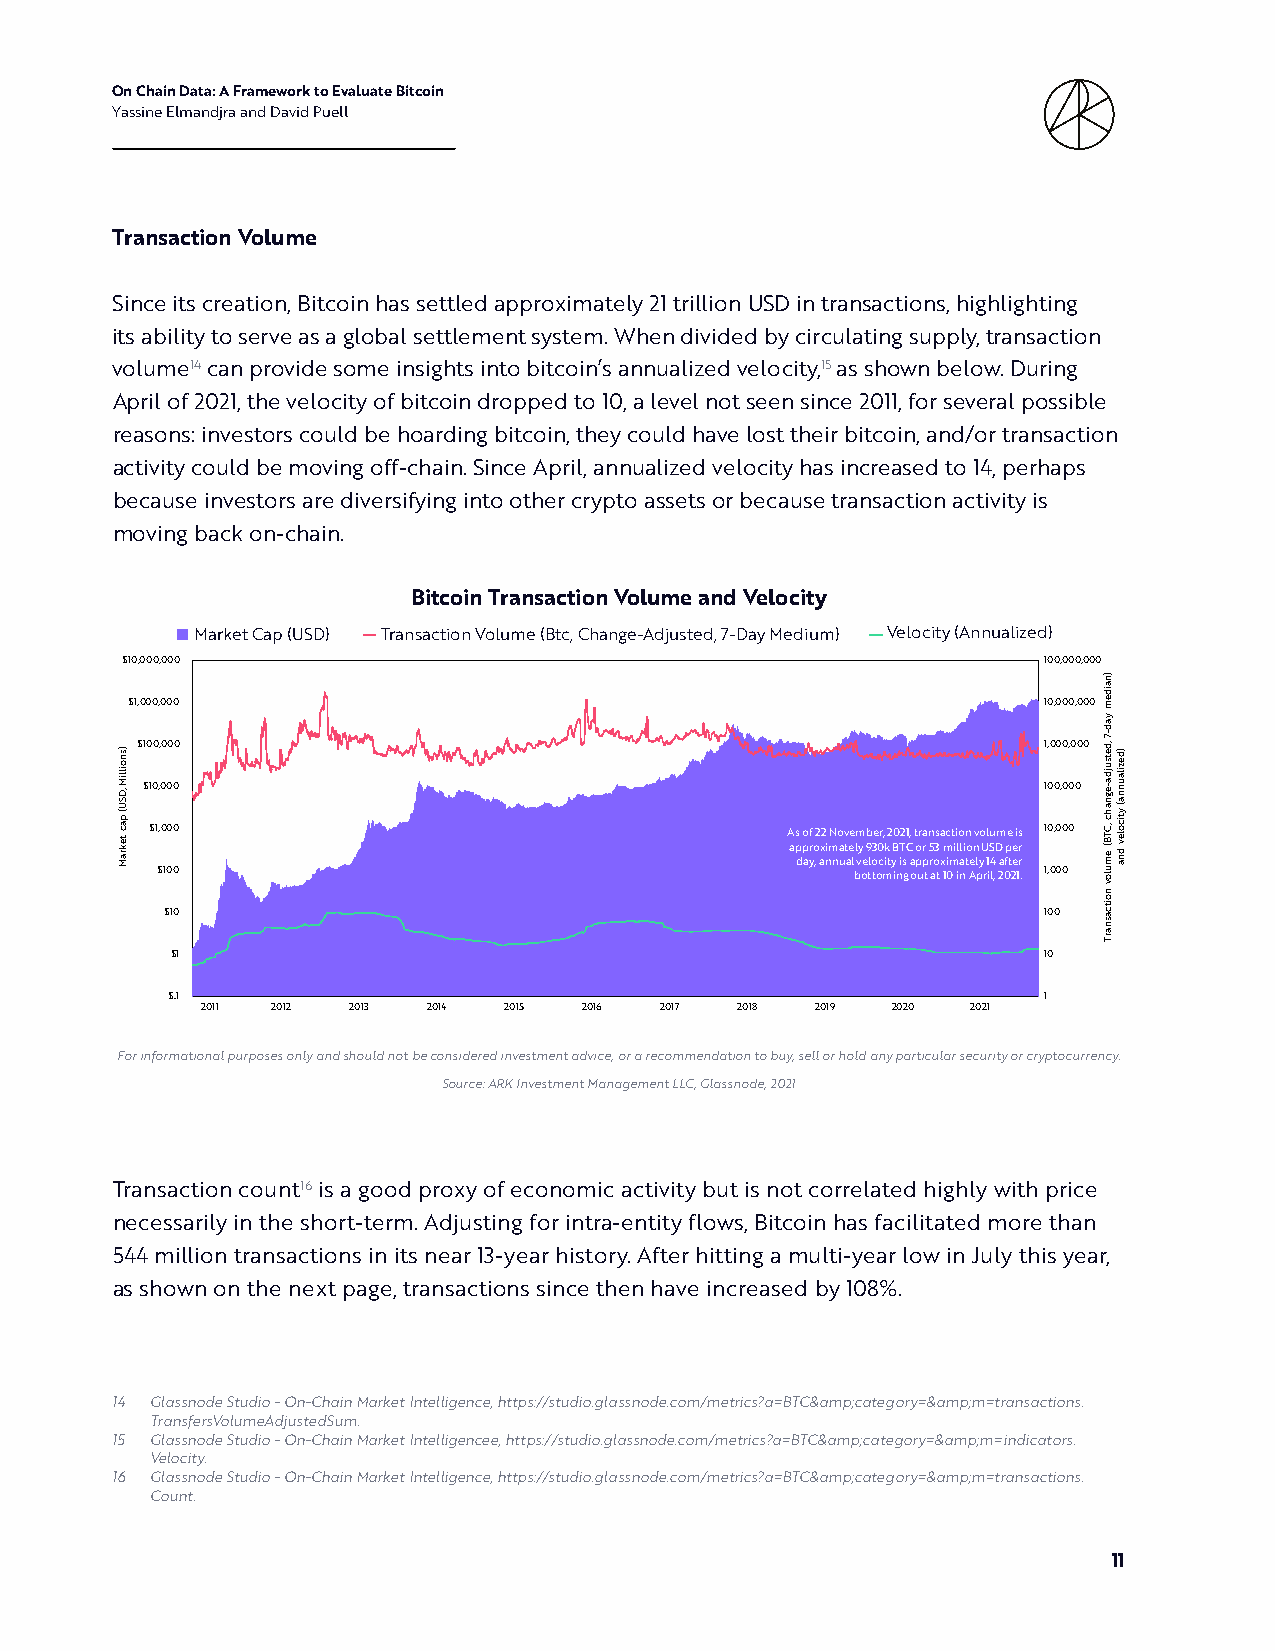
On Chain Data: A Framework to Evaluate Bitcoin
 Yassine Elmandjra and David Puell
 Transaction Volume
 Since its creation, Bitcoin has settled approximately 21 trillion USD in transactions, highlighting
 its ability to serve as a global settlement system. When divided by circulating supply, transaction
 volume14 can provide some insights into bitcoin’s annualized velocity,15 as shown below. During
 April of 2021, the velocity of bitcoin dropped to 10, a level not seen since 2011, for several possible
 reasons: investors could be hoarding bitcoin, they could have lost their bitcoin, and/or transaction
 activity could be moving off-chain. Since April, annualized velocity has increased to 14, perhaps
 because investors are diversifying into other crypto assets or because transaction activity is
 moving back on-chain.
 Bitcoin Transaction Volume and Velocity
 Market Cap (USD) Transaction Volume (Btc, Change-Adjusted, 7-Day Medium) Velocity (Annualized)
 $10,000,000                                                  100,000,000
 $1,000,000                                                   10,000,000
 $100,000                                                    1,000,000
 $10,000                                                     100,000
 $1,000                                    As of 22 November,2021, transaction volume is 10,000
 approximately 930k BTC or 53 million USD per
 day; annual velocity is approximately 14 after
 $100                                           bottoming out at 10 in April, 2021. 1,000
 $10                                                       100
 $1                                                        10
 $.1                                                       1
 2011 2012 2013 2014 2015  2016 2017 2018 2019 2020 2021
 For informational purposes only and should not be considered investment advice, or a recommendation to buy, sell or hold any particular security or cryptocurrency.
 Source: ARK Investment Management LLC, Glassnode, 2021
 Transaction count16 is a good proxy of economic activity but is not correlated highly with price
 necessarily in the short-term. Adjusting for intra-entity flows, Bitcoin has facilitated more than
 544 million transactions in its near 13-year history. After hitting a multi-year low in July this year,
 as shown on the next page, transactions since then have increased by 108%.
 14 Glassnode Studio - On-Chain Market Intelligence, https://studio.glassnode.com/metrics?a=BTC&amp;category=&amp;m=transactions.
 TransfersVolumeAdjustedSum.
 15 Glassnode Studio - On-Chain Market Intelligencee, https://studio.glassnode.com/metrics?a=BTC&amp;category=&amp;m=indicators.
 Velocity.
 16 Glassnode Studio - On-Chain Market Intelligence, https://studio.glassnode.com/metrics?a=BTC&amp;category=&amp;m=transactions.
 Count.
 11
 )snoilliM
 ,DSU(
 pac
 tekraM
 )naidem
 yad-7
 ,detsujda-egnahc
 ,CTB(
 emulov
 noitcasnarT
 )dezilaunna(
 yticolev
 dna